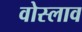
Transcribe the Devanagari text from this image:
वोस्लाव